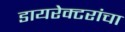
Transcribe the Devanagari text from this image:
डायरेक्टरांचा